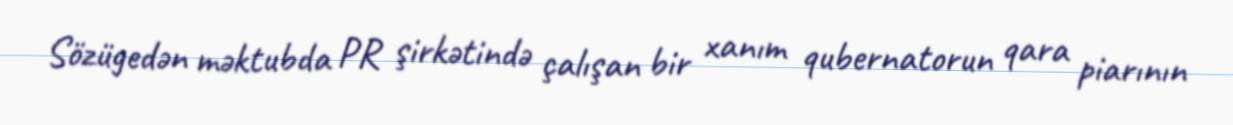
Sözügedən məktubda PR şirkətində çalışan bir xanım qubernatorun qara piarının